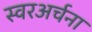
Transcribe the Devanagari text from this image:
स्वरअर्चना